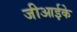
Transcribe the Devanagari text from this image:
जीआईके